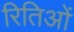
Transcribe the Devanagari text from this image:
रितिओं